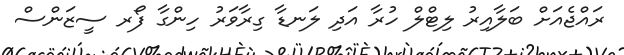
ރައްޖެއަށް ބަލާއިރު ލިޓްލް ހުރާ އަދި ލަނޑާ ގިރާވަރު ހިންގާ ފޯރ ސީޒަންސް